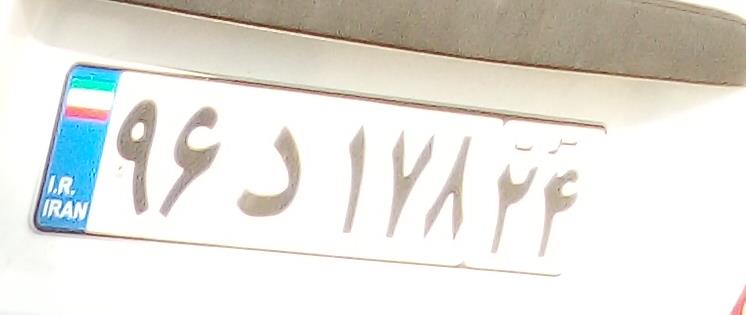
۹۶د۱۷۸۳۴